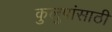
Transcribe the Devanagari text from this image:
कुलुपांसाठी